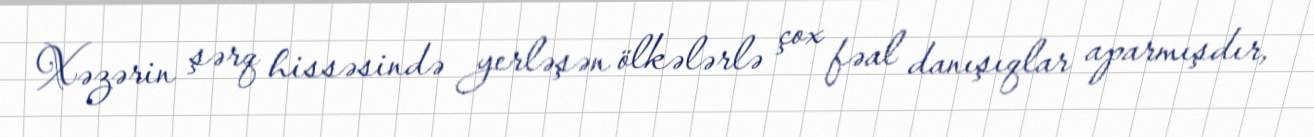
Xəzərin şərq hissəsində yerləşən ölkələrlə çox fəal danışıqlar aparmışdır,